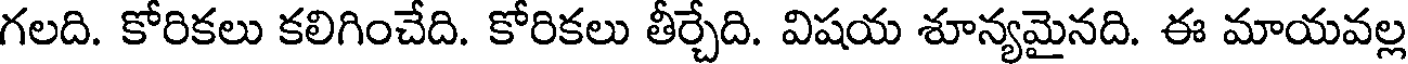
గలది. కోరికలు కలిగించేది. కోరికలు తీర్చేది. విషయ శూన్యమైనది. ఈ మాయవల్ల